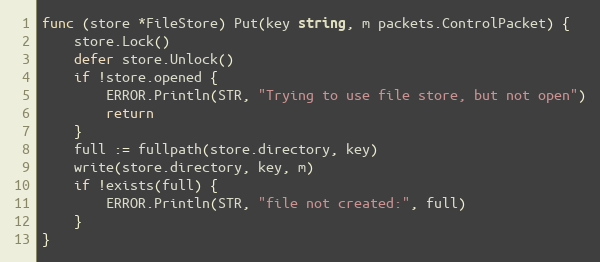
Language: Go
func (store *FileStore) Put(key string, m packets.ControlPacket) {
	store.Lock()
	defer store.Unlock()
	if !store.opened {
		ERROR.Println(STR, "Trying to use file store, but not open")
		return
	}
	full := fullpath(store.directory, key)
	write(store.directory, key, m)
	if !exists(full) {
		ERROR.Println(STR, "file not created:", full)
	}
}